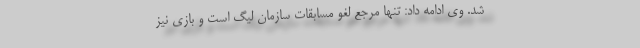
شد. وی ادامه داد: تنها مرجع لغو مسابقات سازمان لیگ است و بازی نیز